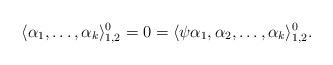
LaTeX: \begin{align*}\langle \alpha_1,\dots,\alpha_k\rangle_{1,2}^0=0=\langle \psi \alpha_1,\alpha_2,\dots,\alpha_k\rangle_{1,2}^0.\end{align*}